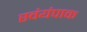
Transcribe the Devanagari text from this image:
स्वंयंपाक